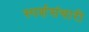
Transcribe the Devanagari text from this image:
स्पर्शसंचारी